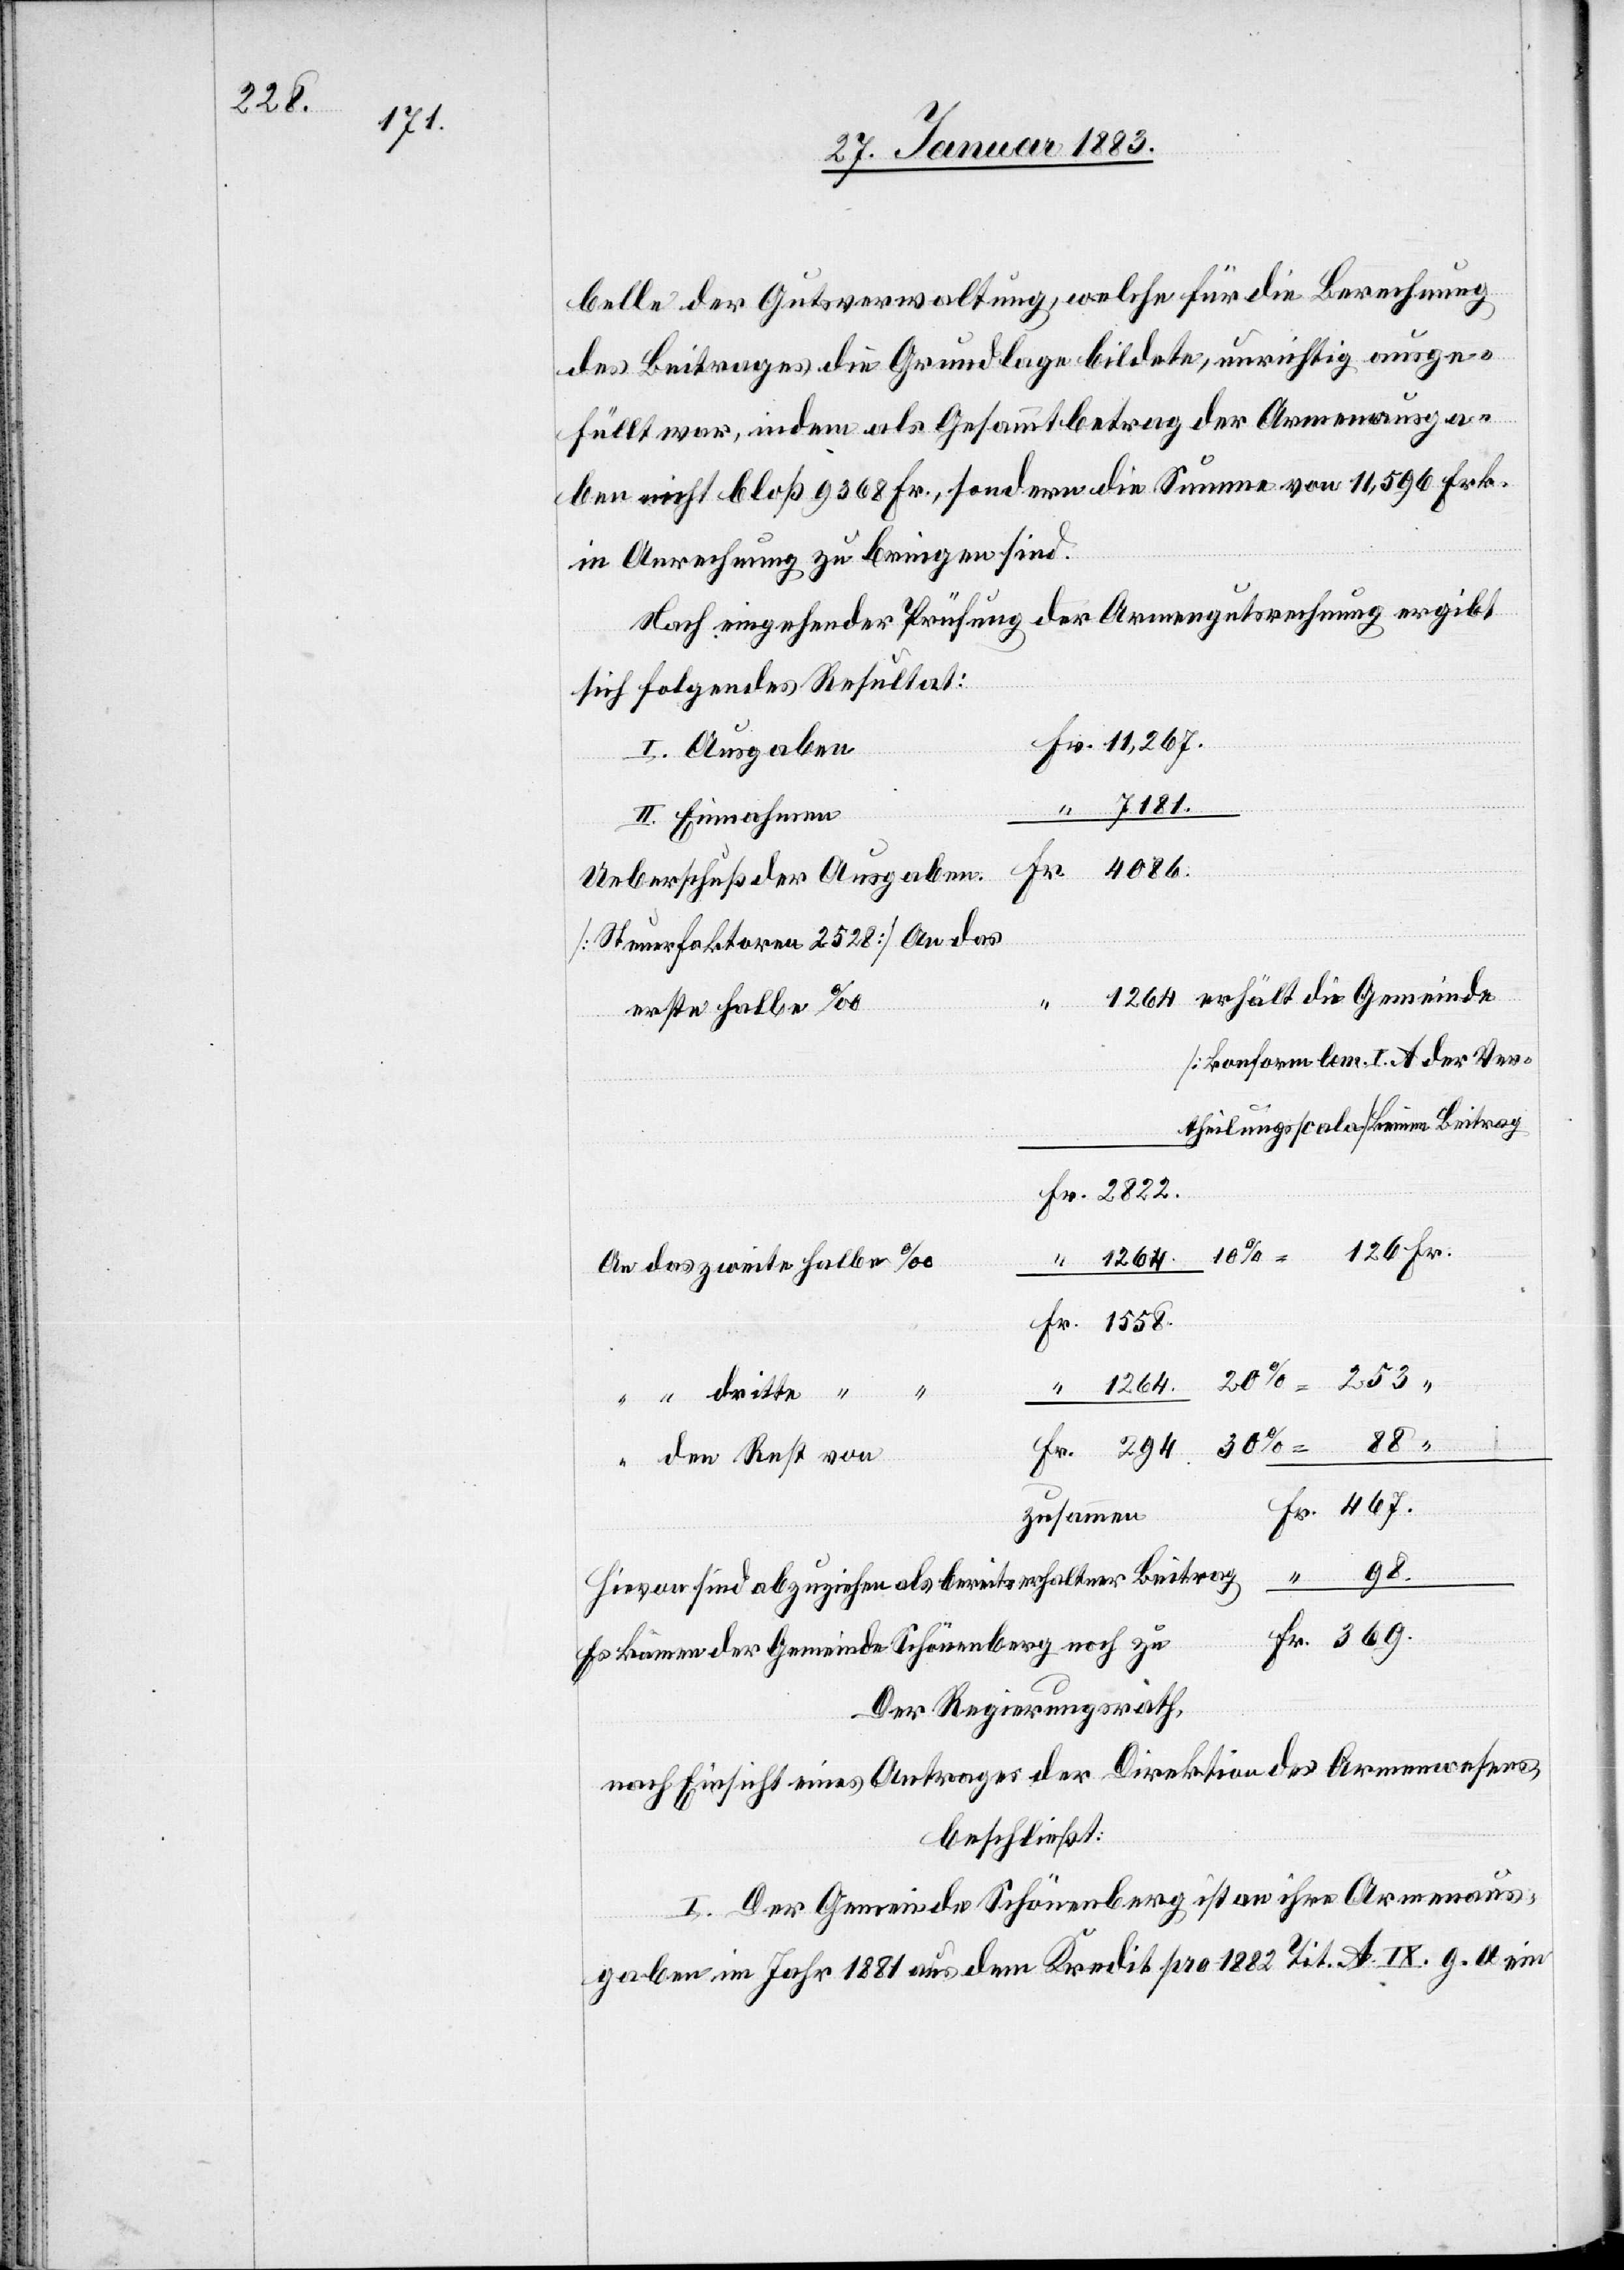
253.

1558.

belle der Gutsverwaltung, welche für die Berechnung
des Beitrages die Grundlage bildete, unrichtig ausge¬
füllt war, indem als Gesammtbetrag der Armenausga¬
ben nicht bloß 9368 Fr., sondern die Summe von 11,596 Frk.
in Anrechnung zu bringen sind.
Nach eingehender Prüfung der Armengutsrechnung ergibt
sich folgendes Resultat:
I. Ausgaben
II. Einnahmen
Ueberschuß der Ausgaben.
Gemeinde
erste halbe ‰
[konform lem. I. A der Ver¬
theilungsscala] keinen Beitrag
An das dritte halbe ‰
88.
“
An den Rest von
Fr. 467.
zusammen
“ 98.
hievon sind abzuziehen als bereits erhaltener Beitrag
Fr. 369.
Es kämen der Gemeinde Schönenberg noch zu
Der Regierungsrath,
nach Einsicht eines Antrages der Direktion des Armenwesens,
beschließt:
I. Der Gemeinde Schönenberg ist an ihre Armenaus¬
gaben im Jahr 1881 aus dem Kredit pro 1882 Tit. A. IX. g. a. ein